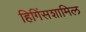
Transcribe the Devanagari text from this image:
हिगिंसशामिल